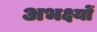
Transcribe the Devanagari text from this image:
अभक्ष्यों